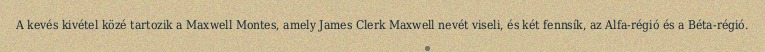
A kevés kivétel közé tartozik a Maxwell Montes, amely James Clerk Maxwell nevét viseli, és két fennsík, az Alfa-régió és a Béta-régió.